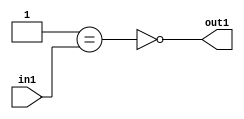
`timescale 1ps / 1ps
/*****************************************************************************
    Verilog RTL Description
    
    
    Created by: Stratus DpOpt 2019.1.01 
*******************************************************************************/

module st_weight_addr_gen_Nei1u16_4_12 (
	in1,
	out1
	); /* architecture "behavioural" */ 
input [15:0] in1;
output  out1;
wire  asc001,
	asc002;

assign asc002 = (21'B000000000000000000001==in1);

assign asc001 = 
	((~asc002));

assign out1 = asc001;
endmodule

/* CADENCE  ubP0SgE= : u9/ySgnWtBlWxVPRXgAZ4Og= ** DO NOT EDIT THIS LINE ******/